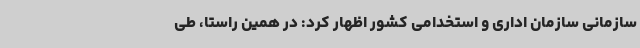
سازمانی سازمان اداری و استخدامی کشور اظهار کرد: در همین راستا، طی